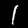
Label: 1